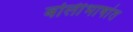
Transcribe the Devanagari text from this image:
बोलीभाषांत